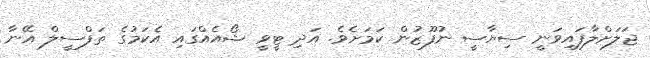
ޖަލަށްލާފައިވަނީ ސިޔާސީ ނުފޫޒުން ކަމަށެވެ. އަދި ޓީވީ ޝޯއެއްގައި އެކަމުގެ ތަފްސީލް އޭނާ